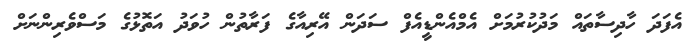
އެފަދަ ހާދިސާތައް މަދުކުރުމަށް އެމްއެންޑީއެފް ސަދަން އޭރިއާގެ ފަރާތުން ހުވަދު އަތޮޅުގެ މަސްވެރިންނަށް